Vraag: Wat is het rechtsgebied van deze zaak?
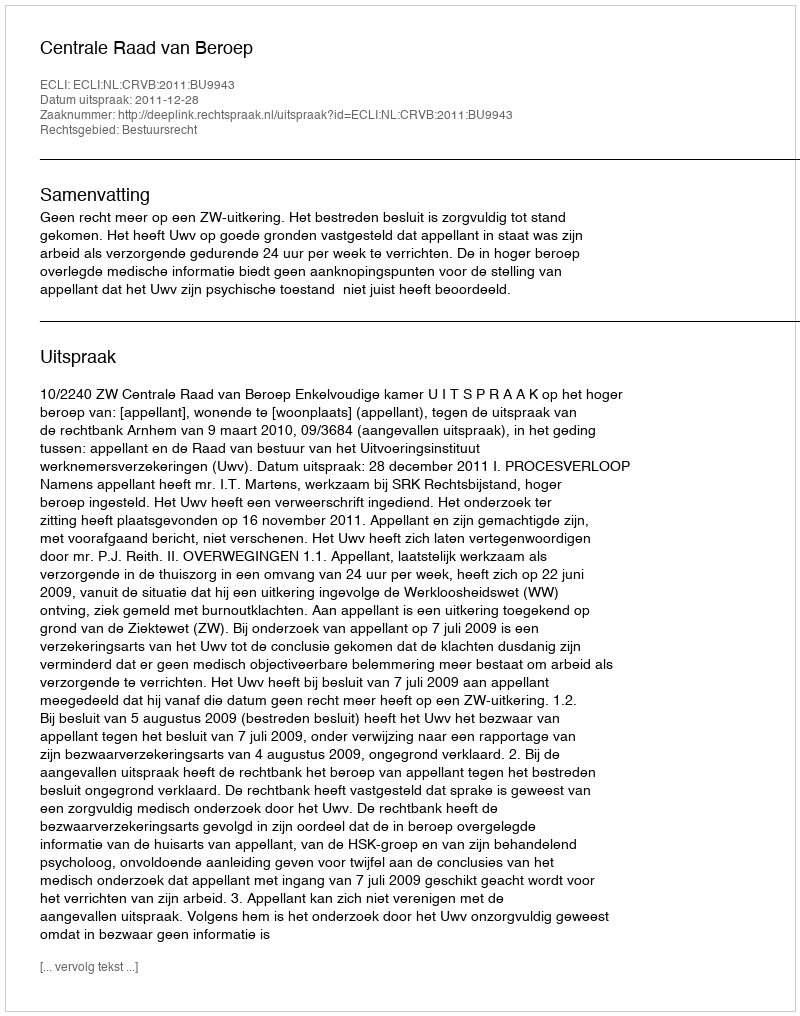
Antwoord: Bestuursrecht